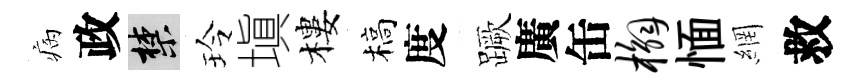
病政禁玲塡樓槁度蹶廣缶槲愐網救